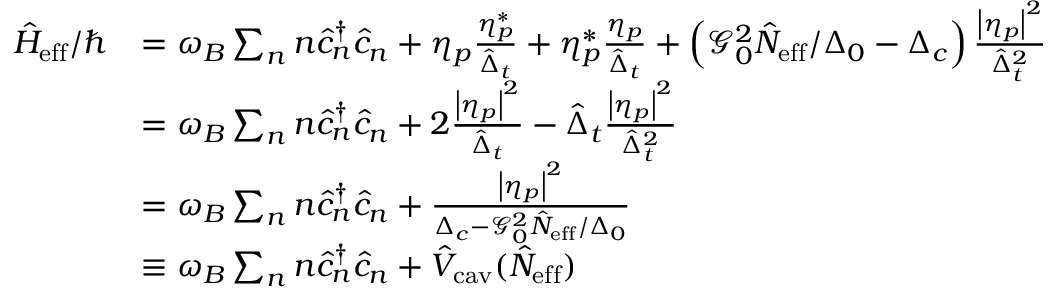
\begin{array} { r l } { \hat { H } _ { \mathrm { e f f } } / \hbar } & { = \omega _ { B } \sum _ { n } n \hat { c } _ { n } ^ { \dagger } \hat { c } _ { n } + \eta _ { p } \frac { \eta _ { p } ^ { * } } { \hat { \Delta } _ { t } } + \eta _ { p } ^ { * } \frac { \eta _ { p } } { \hat { \Delta } _ { t } } + \left( \mathcal { G } _ { 0 } ^ { 2 } \hat { N } _ { \mathrm { e f f } } / \Delta _ { 0 } - \Delta _ { c } \right) \frac { \left| \eta _ { p } \right| ^ { 2 } } { \hat { \Delta } _ { t } ^ { 2 } } } \\ & { = \omega _ { B } \sum _ { n } n \hat { c } _ { n } ^ { \dagger } \hat { c } _ { n } + 2 \frac { \left| \eta _ { p } \right| ^ { 2 } } { \hat { \Delta } _ { t } } - \hat { \Delta } _ { t } \frac { \left| \eta _ { p } \right| ^ { 2 } } { \hat { \Delta } _ { t } ^ { 2 } } } \\ & { = \omega _ { B } \sum _ { n } n \hat { c } _ { n } ^ { \dagger } \hat { c } _ { n } + \frac { \left| \eta _ { p } \right| ^ { 2 } } { \Delta _ { c } - \mathcal { G } _ { 0 } ^ { 2 } \hat { N } _ { \mathrm { e f f } } / \Delta _ { 0 } } } \\ & { \equiv \omega _ { B } \sum _ { n } n \hat { c } _ { n } ^ { \dagger } \hat { c } _ { n } + \hat { V } _ { \mathrm { c a v } } ( \hat { N } _ { \mathrm { e f f } } ) } \end{array}